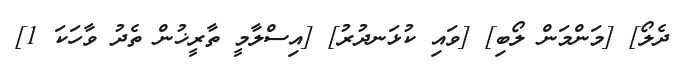
ދެލޯ] [މަންމަން ލޯބި] [ވައި ކުޅަނދުރު] [އިސްލާމީ ތާރީޚުން ތެދު ވާހަކަ 1]